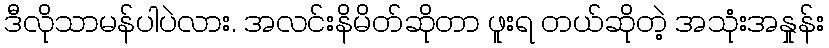
ဒီလိုသာမန်ပါပဲလား. အလင်းနိမိတ်ဆိုတာ ဖူးရ တယ်ဆိုတဲ့ အသုံးအနှုန်း